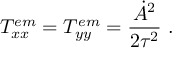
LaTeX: T _ { x x } ^ { e m } = T _ { y y } ^ { e m } = \frac { \dot { A } ^ { 2 } } { 2 \tau ^ { 2 } } \ .